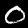
Digit: 0